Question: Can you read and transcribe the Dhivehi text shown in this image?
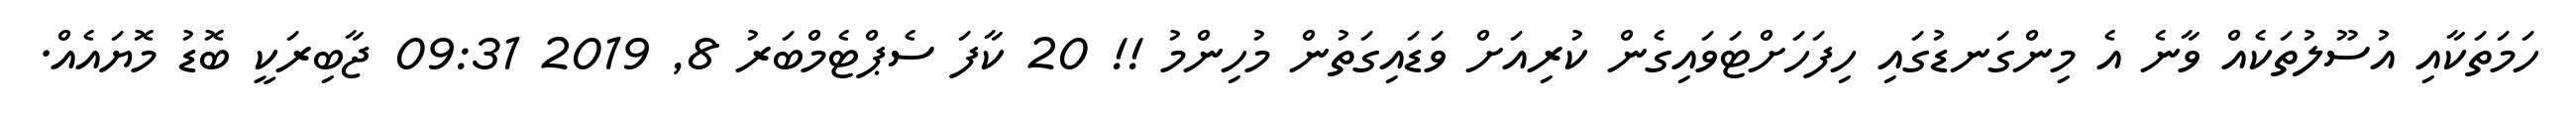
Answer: ހަމަތަކާއި އުސޫލުތަކެއް ވާނެ އެ މިންގަނޑުގައި ހިފަހަށްޓަވައިގެން ކުރިއަށް ވަޑައިގަތުން މުހިންމު !! 20 ކާފަ ސެޕްޓެމްބަރު 8, 2019 09:31 ޖާބިރަކީ ބޮޑު މޮޔައެއް.